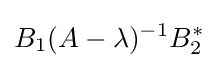
B_{1}(A-\lambda )^{-1}B_{2}^{*}